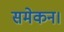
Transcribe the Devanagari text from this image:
समेकन।